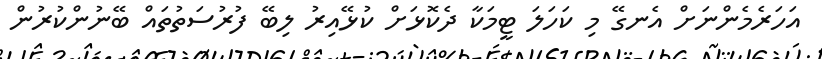
އަހަރެމެންނަށް އެނގޭ މި ކަހަލަ ޓީމަކާ ދެކޮޅަށް ކުޅޭއިރު ލިބޭ ފުރުސަތުތައް ބޭނުންކުރުން